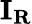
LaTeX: \mathbf{I_{R}}